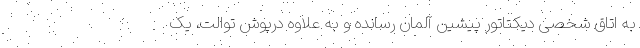
به اتاق شخصی دیکتاتور پیشین آلمان رسانده و به علاوه درپوش توالت، یک